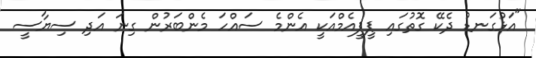
"އަޅުގަނޑު ދެކޭ ގޮތުގައި ޕީޕީއެމްއަކީ އެންމެ ސައްހަ މެންބަރުން ގިނަ އަދި ސިޔާސީ